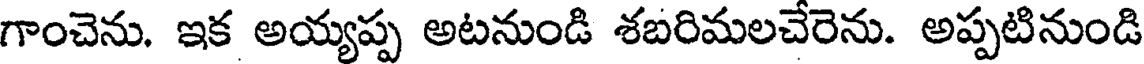
గాంచెను. ఇక అయ్యప్ప అటనుండి శబరిమలచేరెను. అప్పటినుండి